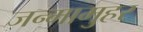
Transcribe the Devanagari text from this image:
जन्मामुहर